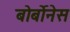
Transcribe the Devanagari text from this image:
बोर्बोनेस